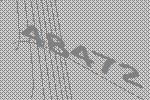
48472